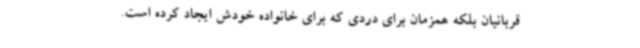
قربانیان بلکه همزمان برای دردی که برای خانواده خودش ایجاد کرده است.